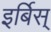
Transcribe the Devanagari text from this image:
इर्बिस्